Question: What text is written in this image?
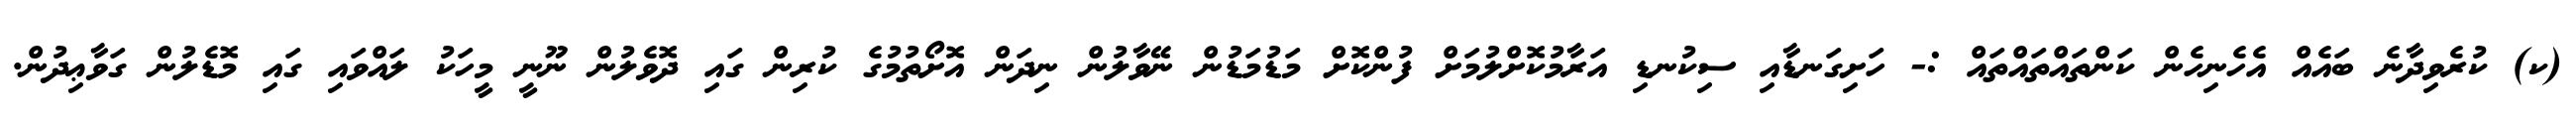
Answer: (ކ) ކުރެވިދާނެ ބައެއް އެހެނިހެން ކަންތައްތައްތައް :- ހަށިގަނޑާއި ސިކުނޑި އަރާމުކޮށްލުމަށް ފުންކޮށް މަޑުމަޑުން ނޭވާލުން ނިދަން އޮށޯތުމުގެ ކުރިން ގައި ދޮވެލުން ނޫނީ މީހަކު ލައްވައި ގައި މޮޑެލުން ގަވާޢިދުން.